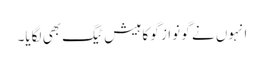
انہوں نے گو نواز گو کا ہیش ٹیگ بھی لگایا۔